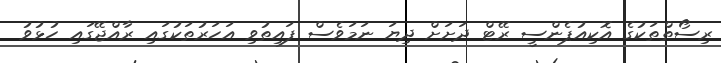
ރިސޯތްތަކުގެ އޮކިއުޕެންސީ ރޭޓް ދަށަށް ދިޔަ ނަމަވެސް ފައިތުވި އަހަރުތަކުގައި ރާއްޖޭގައި ހުޅުވު